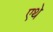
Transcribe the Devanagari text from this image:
एथे